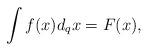
LaTeX: \begin{align*} \int f(x) d_qx = F(x),\end{align*}